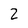
Character: 2